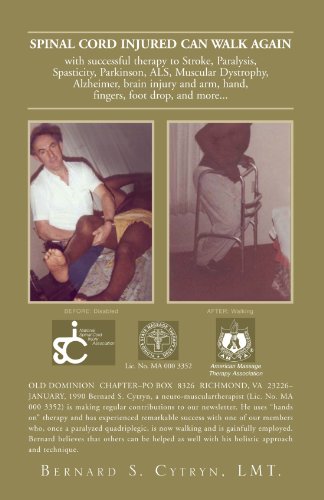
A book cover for Spinal Cord Injured Can Walk Again; Bernard S. Cytryn LMT.; Health, Fitness & Dieting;